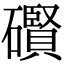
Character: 礥